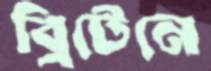
ব্রিটেনে